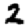
Digit: 2